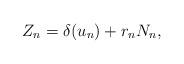
LaTeX: \begin{align*} Z_n = \delta(u_n) + r_n N_n, \end{align*}